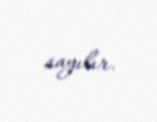
sayılır.